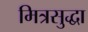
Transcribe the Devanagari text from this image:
मित्रसुद्धा